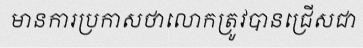
មានការប្រកាសថាលោកត្រូវបានជ្រើសជា